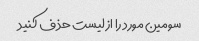
سومین مورد را از لیست حذف کنید